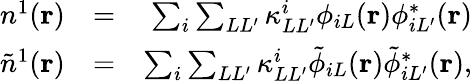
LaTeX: \begin{array}{rlr}{n^{1}({\mathbf r})}&{=}&{\sum_{i}\sum_{LL^{\prime}}\kappa_{LL^{\prime}}^{i}\phi_{iL}({\mathbf r})\phi_{iL^{\prime}}^{*}({\mathbf r})}\\ {\tilde{n}^{1}({\mathbf r})}&{=}&{\sum_{i}\sum_{LL^{\prime}}\kappa_{LL^{\prime}}^{i}\tilde{\phi}_{iL}({\mathbf r})\tilde{\phi}_{iL^{\prime}}^{*}({\mathbf r}),}\end{array}